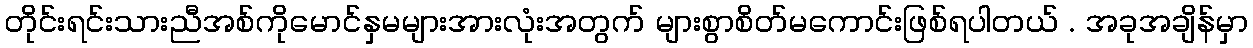
တိုင်းရင်းသားညီအစ်ကိုမောင်နှမများအားလုံးအတွက် များစွာစိတ်မကောင်းဖြစ်ရပါတယ် . အခုအချိန်မှာ